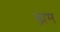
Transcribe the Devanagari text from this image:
ह्मम